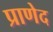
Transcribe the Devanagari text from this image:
प्राणेद